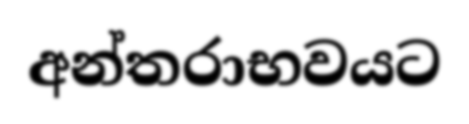
අන්තරාභවයට